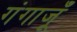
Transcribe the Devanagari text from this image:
गंगाजूँ